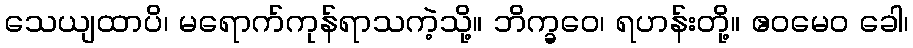
သေယျထာပိ၊ မရောက်ကုန်ရာသကဲ့သို့။ ဘိက္ခဝေ၊ ရဟန်းတို့။ ဧဝမေဝ ခေါ၊